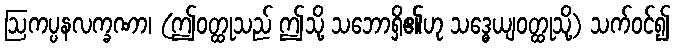
ဩကပ္ပနလက္ခဏာ၊ (ဤဝတ္ထုသည် ဤသို့ သဘောရှိ၏ဟု သဒ္ဓေယျဝတ္ထုသို့) သက်ဝင်၍